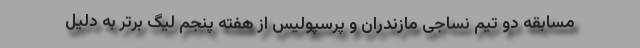
مسابقه دو تیم نساجی مازندران و پرسپولیس از هفته پنجم لیگ برتر به دلیل